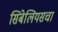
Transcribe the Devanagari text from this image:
सिबेलियसचा